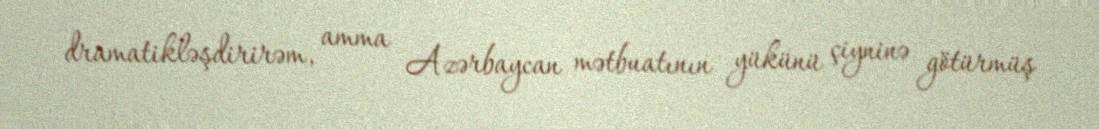
dramatikləşdirirəm, amma Azərbaycan mətbuatının yükünü çiyninə götürmüş